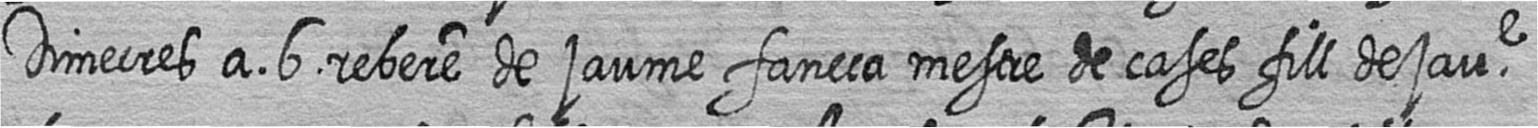
Dimecres a 6 rebere de jaume faneca mestre de cases fill de jaue